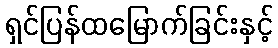
ရှင်ပြန်ထမြောက်ခြင်းနှင့်